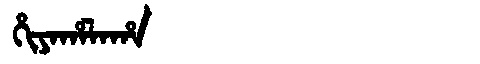
Manchu: ᡥᡳᠶᠠᡥᠠᠯᠠᡥᠠ
Romanization: HIYAHALAHA